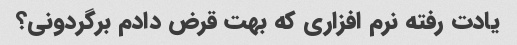
یادت رفته نرم افزاری که بهت قرض دادم برگردونی؟